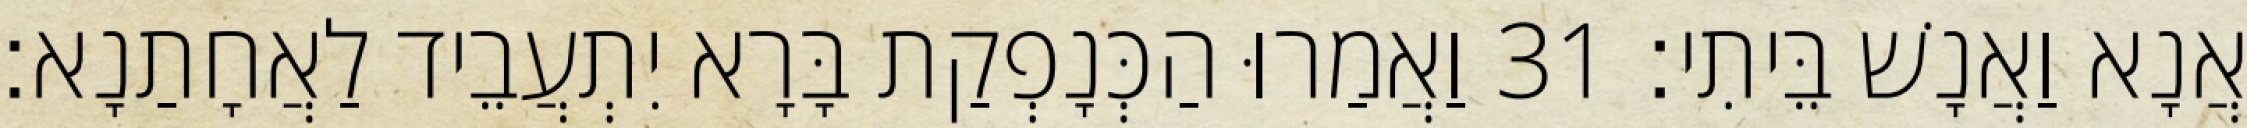
אֲנָא וַאֲנָשׁ בֵּיתִי׃ 31 וַאֲמַרוּ הַכְּנָפְקַת בָּרָא יִתְעֲבֵיד לַאֲחָתַנָא׃